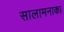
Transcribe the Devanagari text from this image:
सालामनाका